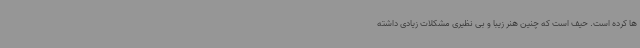
ها کرده است. حیف است که چنین هنر زیبا و بی نظیری مشکلات زیادی داشته